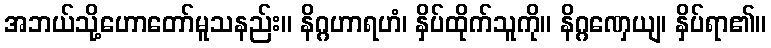
အဘယ်သို့ဟောတော်မူသနည်း။ နိဂ္ဂဟာရဟံ၊ နှိပ်ထိုက်သူကို။ နိဂ္ဂဏှေယျ၊ နှိပ်ရာ၏။